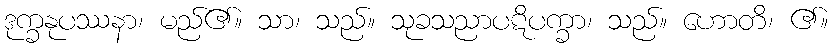
ဒုက္ခနုပဿနာ၊ မည်၏။ သာ၊ သည်။ သုခသညာပဋိပက္ခာ၊ သည်။ ဟောတိ၊ ၏။